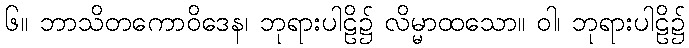
၆။ ဘာသိတကောဝိဒေန၊ ဘုရားပါဠိ၌ လိမ္မာထသော။ ဝါ၊ ဘုရားပါဠိ၌